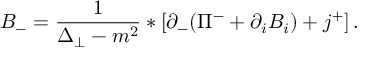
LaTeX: B _ { - } = \frac { 1 } { \Delta _ { \perp } - m ^ { 2 } } * \left[ \partial _ { - } ( \Pi ^ { - } + \partial _ { i } B _ { i } ) + j ^ { + } \right] .